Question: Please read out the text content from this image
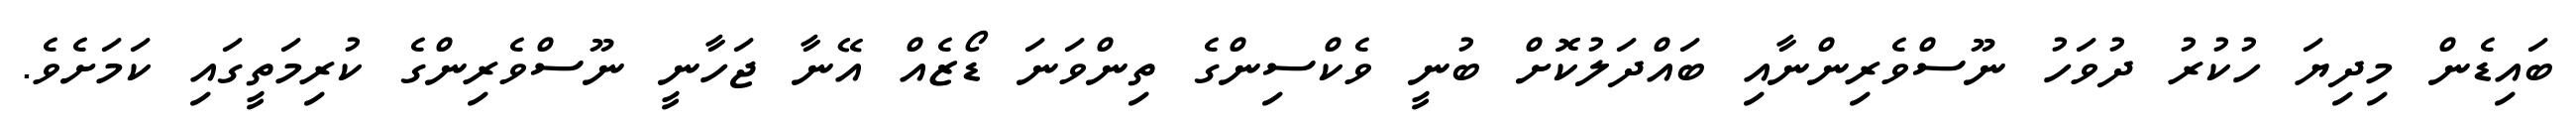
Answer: ބައިޑެން މިދިޔަ ހުކުރު ދުވަހު ނޫސްވެރިންނާއި ބައްދަލުކޮށް ބުނީ ވެކްސިންގެ ތިންވަނަ ޑޯޒެއް އޭނާ ޖަހާނީ ނޫސްވެރިންގެ ކުރިމަތީގައި ކަމަށެވެ.